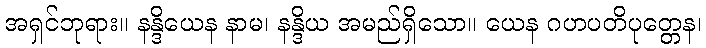
အရှင်ဘုရား။ နန္ဒိယေန နာမ၊ နန္ဒိယ အမည်ရှိသော။ ယေန ဂဟပတိပုတ္တေန၊